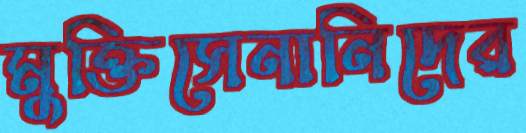
মুক্তিসেনানিদের